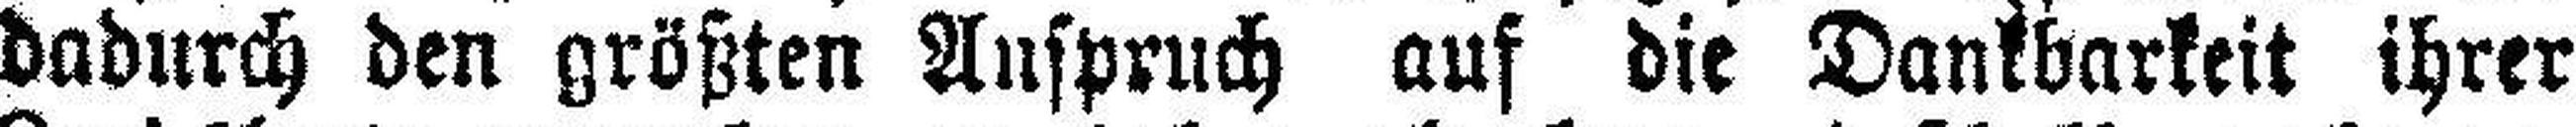
dadurch den größten Anspruch auf die Dankbarkeit ihrer